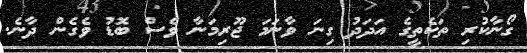
ގޯނާކުރި ތަކެތީގެ އަދަދު ގިނަ ވާނަމަ ޖޫރިމަނާ ވެސް ބޮޑު ވެގެން ދާނެ.